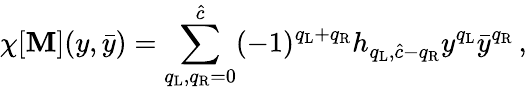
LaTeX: \chi[{\cal\mathbf{M}}](y,\bar{{y}})=\sum_{q_{\mathrm{{L}}},q_{\mathrm{{R}}}=0}^{\hat{{c}}}(-1)^{q_{\mathrm{{L}}}+q_{\mathrm{{R}}}}h_{q_{\mathrm{{L}}},\hat{{c}}-q_{\mathrm{{R}}}}y^{q_{\mathrm{{L}}}}\bar{{y}}^{q_{\mathrm{{R}}}}\, ,